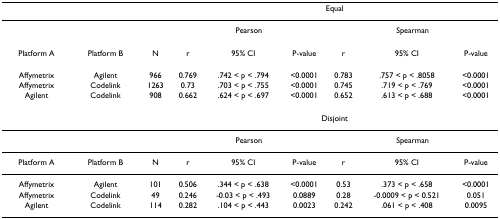
<table><thead><tr><td></td><td></td><td></td><td colspan="6"><b>Equal</b></td></tr></thead><tbody><tr><td></td><td></td><td></td><td colspan="3">Pearson</td><td colspan="3">Spearman</td></tr><tr><td>Platform A</td><td>Platform B</td><td>N</td><td>r</td><td>95% CI</td><td>P-value</td><td>r</td><td>95% CI</td><td>P-value</td></tr><tr><td>Affymetrix</td><td>Agilent</td><td>966</td><td>0.769</td><td>.742 &lt; p &lt; .794</td><td>&lt;0.0001</td><td>0.783</td><td>.757 &lt; p &lt; .8058</td><td>&lt;0.0001</td></tr><tr><td>Affymetrix</td><td>Codelink</td><td>1263</td><td>0.73</td><td>.703 &lt; p &lt; .755</td><td>&lt;0.0001</td><td>0.745</td><td>.719 &lt; p &lt; .769</td><td>&lt;0.0001</td></tr><tr><td>Agilent</td><td>Codelink</td><td>908</td><td>0.662</td><td>.624 &lt; p &lt; .697</td><td>&lt;0.0001</td><td>0.652</td><td>.613 &lt; p &lt; .688</td><td>&lt;0.0001</td></tr><tr><td></td><td></td><td></td><td colspan="6">Disjoint</td></tr><tr><td></td><td></td><td></td><td colspan="3">Pearson</td><td colspan="3">Spearman</td></tr><tr><td>Platform A</td><td>Platform B</td><td>N</td><td>r</td><td>95% CI</td><td>P-value</td><td>r</td><td>95% CI</td><td>P-value</td></tr><tr><td>Affymetrix</td><td>Agilent</td><td>101</td><td>0.506</td><td>.344 &lt; p &lt; .638</td><td>&lt;0.0001</td><td>0.53</td><td>.373 &lt; p &lt; .658</td><td>&lt;0.0001</td></tr><tr><td>Affymetrix</td><td>Codelink</td><td>49</td><td>0.246</td><td>-0.03 &lt; p &lt; .493</td><td>0.0889</td><td>0.28</td><td>-0.0009 &lt; p &lt; 0.521</td><td>0.051</td></tr><tr><td>Agilent</td><td>Codelink</td><td>114</td><td>0.282</td><td>.104 &lt; p &lt; .443</td><td>0.0023</td><td>0.242</td><td>.061 &lt; p &lt; .408</td><td>0.0095</td></tr></tbody></table>